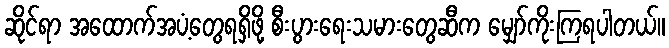
ဆိုင်ရာ အထောက်အပံ့တွေရရှိဖို့ စီးပွားရေးသမားတွေဆီက မျှော်ကိုးကြရပါတယ်။